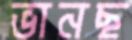
ভানছ